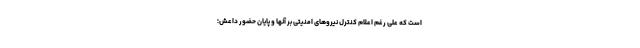
است که علی رغم اعلام کنترل نیروهای امنیتی بر آنها و پایان حضور داعش؛